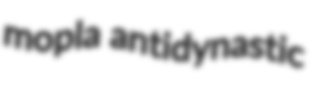
mopla antidynastic